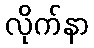
လိုက်နာ